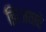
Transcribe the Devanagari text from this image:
झिजवावे